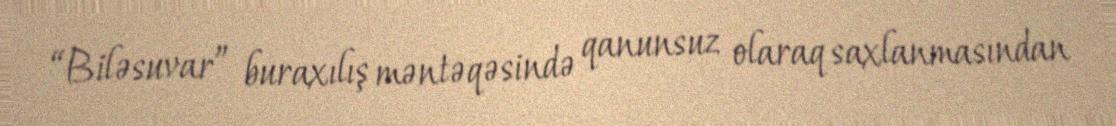
“Biləsuvar” buraxılış məntəqəsində qanunsuz olaraq saxlanmasından